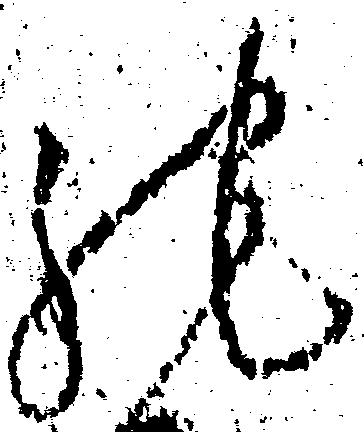
馳